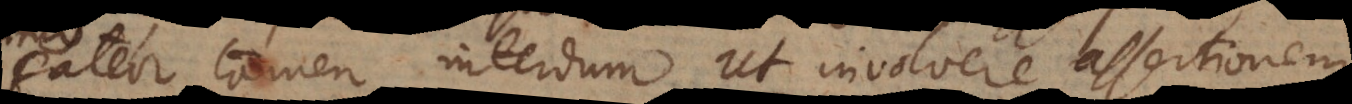
Fateor tamen interdum ut involvere assertionem